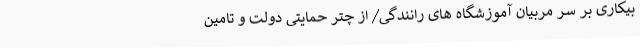
بیکاری بر سر مربیان آموزشگاه‌ های رانندگی/ از چتر حمایتی دولت و تامین